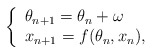
\begin{align*}\left\{\begin{array}{l}\theta_{n+1} = \theta_n + \omega \\x_{n+1} = f(\theta_n, x_n),\end{array}\right.\end{align*}